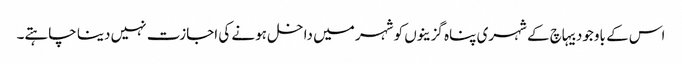
اس کے باوجود بیہاچ کے شہری پناہ گزینوں کو شہر میں داخل ہونے کی اجازت نہیں دینا چاہتے۔